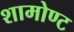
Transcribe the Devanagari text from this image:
शामोण्ट